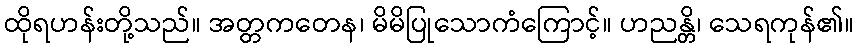
ထိုရဟန်းတို့သည်။ အတ္တကတေန၊ မိမိပြုသောကံကြောင့်။ ဟညန္တိ၊ သေရကုန်၏။